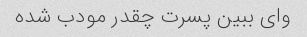
وای ببین پسرت چقدر مودب شده